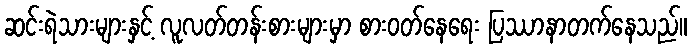
ဆင်းရဲသားများနှင့် လူလတ်တန်းစားများမှာ စားဝတ်နေရေး ပြဿာနာတက်နေသည်။